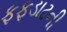
ફફડાટની